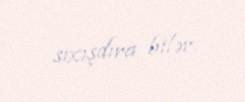
sıxışdıra bilər.